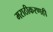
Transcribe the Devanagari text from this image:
मराठीकरणही